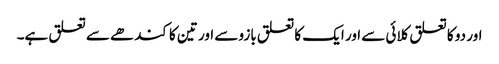
اور دو کا تعلق کلائی سے اور ایک کا تعلق بازو سے اور تین کا کندھے سے تعلق ہے۔